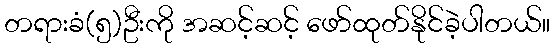
တရားခံ(၅)ဦးကို အဆင့်ဆင့် ဖော်ထုတ်နိုင်ခဲ့ပါတယ်။